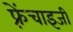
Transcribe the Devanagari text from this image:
फ़्रेंचाइजी